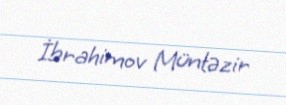
İbrahimov Müntəzir